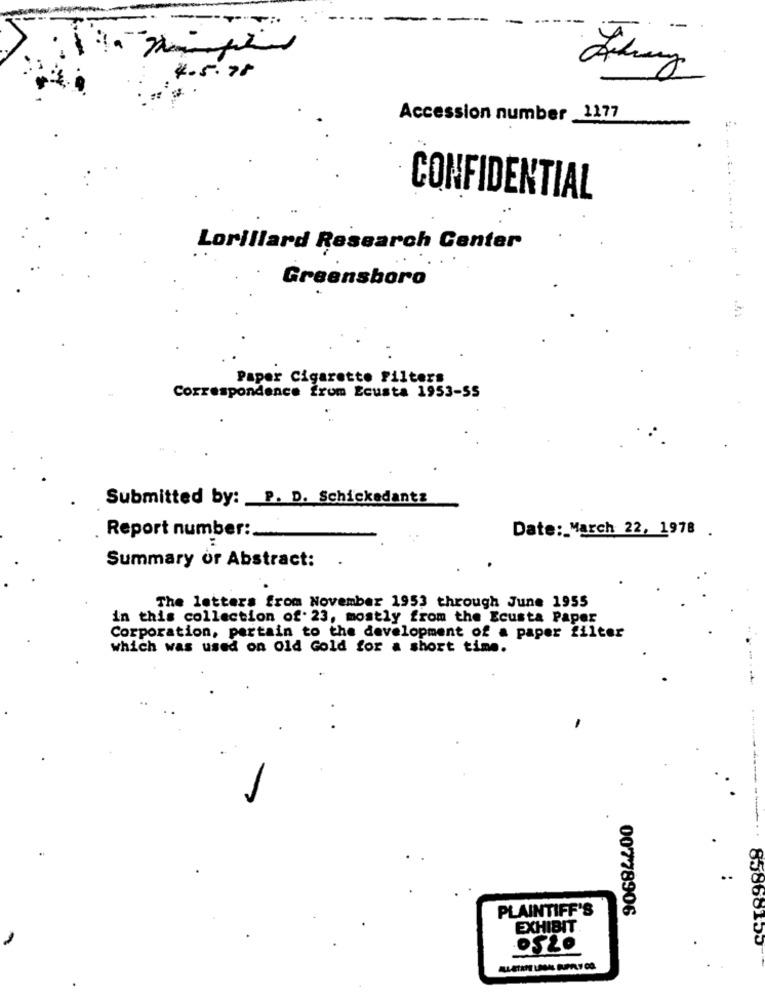
--
4.5.78
Accession number 1177
CONFIDENTIAL
. ... . ..
Lorillard Research Center
Greensboro
Paper Cigarette Filters
Correspondence from Ecusta 1953-55
Submitted by: P. D. Schickedantz
Report number :.
Date: March 22, 1978 .
Summary or Abstract:
The letters from November 1953 through June 1955
in this collection of. 23, mostly from the Ecusta Paper
Corporation, pertain to the development of a paper filter
which was used on Old Gold for a short time.
.
PLAINTIFF'S
00778906
EXHIBIT
OSŁo
83868155